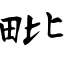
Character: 毗